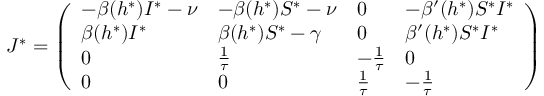
J ^ { * } = \left( \begin{array} { l l l l } { - \beta ( h ^ { * } ) I ^ { * } - \nu } & { - \beta ( h ^ { * } ) S ^ { * } - \nu } & { 0 } & { - \beta ^ { \prime } ( h ^ { * } ) S ^ { * } I ^ { * } } \\ { \beta ( h ^ { * } ) I ^ { * } } & { \beta ( h ^ { * } ) S ^ { * } - \gamma } & { 0 } & { \beta ^ { \prime } ( h ^ { * } ) S ^ { * } I ^ { * } } \\ { 0 } & { \frac { 1 } { \tau } } & { - \frac { 1 } { \tau } } & { 0 } \\ { 0 } & { 0 } & { \frac { 1 } { \tau } } & { - \frac { 1 } { \tau } } \end{array} \right)